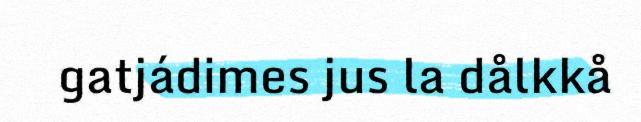
gatjádimes jus la dålkkå